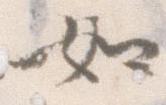
如